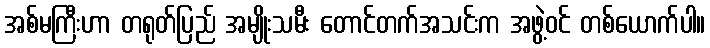
အစ်မကြီးဟာ တရုတ်ပြည် အမျိုးသမီး တောင်တက်အသင်းက အဖွဲ့ဝင် တစ်ယောက်ပါ။